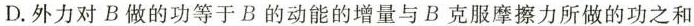
D.外力对B做的功等于B的动能的增量与B克服摩擦力所做的功之和